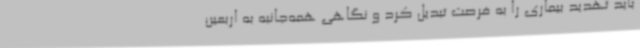
باید تهدید بیماری را به فرصت تبدیل کرد و نگاهی همه‌جانبه به اربعین